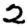
Digit: 2